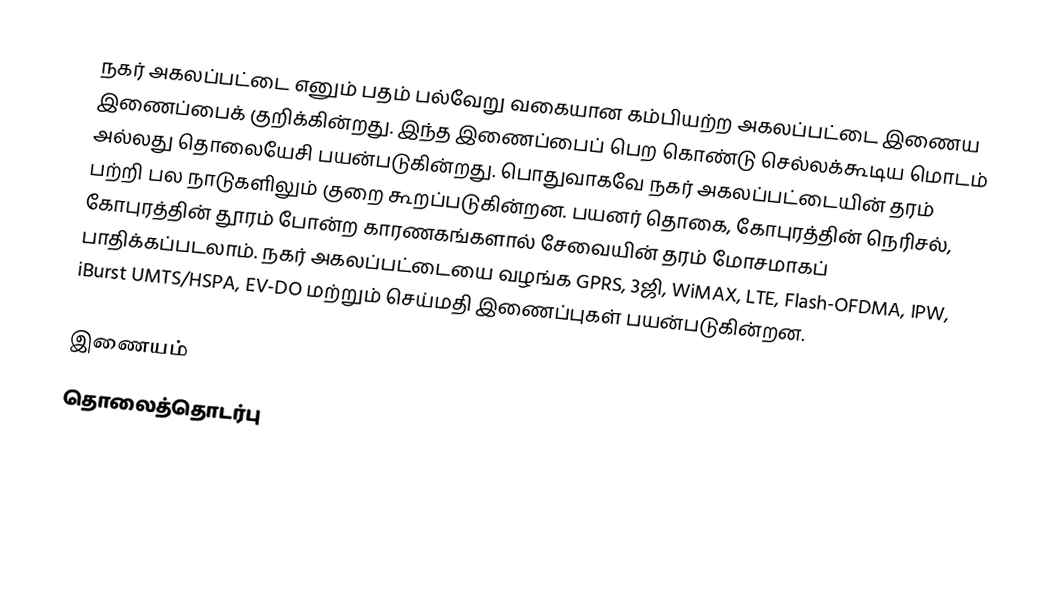
நகர் அகலப்பட்டை எனும் பதம் பல்வேறு வகையான கம்பியற்ற அகலப்பட்டை இணைய இணைப்பைக் குறிக்கின்றது. இந்த இணைப்பைப் பெற கொண்டு செல்லக்கூடிய மொடம் அல்லது தொலையேசி பயன்படுகின்றது. பொதுவாகவே நகர் அகலப்பட்டையின் தரம் பற்றி பல நாடுகளிலும் குறை கூறப்படுகின்றன. பயனர் தொகை, கோபுரத்தின் நெரிசல், கோபுரத்தின் தூரம் போன்ற காரணகங்களால் சேவையின் தரம் மோசமாகப் பாதிக்கப்படலாம். நகர் அகலப்பட்டையை வழங்க GPRS, 3ஜி, WiMAX, LTE, Flash-OFDMA, IPW, iBurst UMTS/HSPA, EV-DO மற்றும் செய்மதி இணைப்புகள் பயன்படுகின்றன.

இணையம்
தொலைத்தொடர்பு